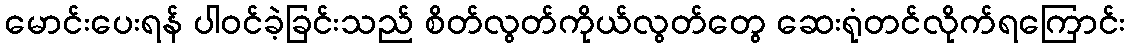
မောင်းပေးရန် ပါဝင်ခဲ့ခြင်းသည် စိတ်လွတ်ကိုယ်လွတ်တွေ ဆေးရုံတင်လိုက်ရကြောင်း